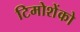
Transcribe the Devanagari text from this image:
टिमोशेंको